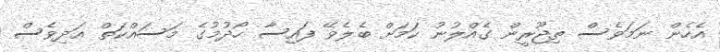
އެހެން ނަމަވެސް ތިޖޫރީން ގެއްލުނު ކަމަށް ބެލެވޭ ފައިސާ ހޯދުމުގެ މަސައްކަތް އަދިވެސް